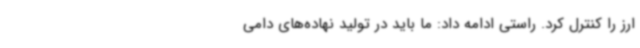
ارز را کنترل کرد. راستی ادامه داد: ما باید در تولید نهاده‌های دامی